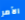
الأمر